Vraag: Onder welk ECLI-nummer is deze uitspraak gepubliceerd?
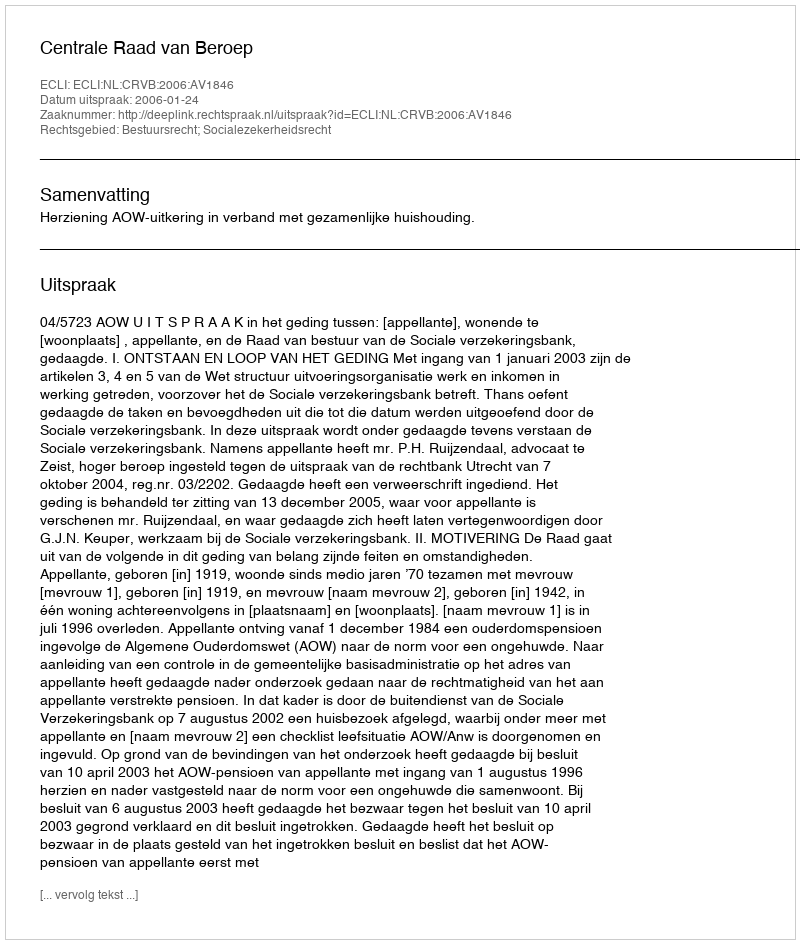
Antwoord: ECLI:NL:CRVB:2006:AV1846